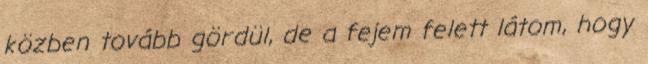
közben tovább gördül, de a fejem felett látom, hogy